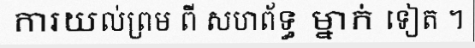
ការយល់ព្រម ពី សហព័ទ្ធ ម្នាក់ ទៀត ។